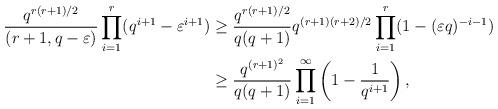
LaTeX: \begin{align*}\begin{aligned}{q^{r(r+1)/2} \over (r+1,q - \varepsilon)}\prod_{i=1}^r(q^{i+1}-\varepsilon^{i+1}) & \geq {q^{r(r+1)/2} \over q(q+1)} q^{(r+1)(r+2)/2} \prod_{i=1}^r(1-(\varepsilon q)^{-i-1}) \\& \geq {q^{(r+1)^2} \over q(q+1)} \prod_{i=1}^\infty \left(1-\frac{1}{q^{i+1}}\right),\end{aligned}\end{align*}